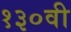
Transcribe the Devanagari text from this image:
१३०वी